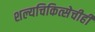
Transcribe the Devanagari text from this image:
शल्यचिकित्सेचीही